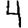
Digit: 4